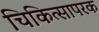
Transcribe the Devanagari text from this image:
चिकित्सापरक